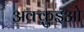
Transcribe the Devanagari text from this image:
अक्क़ुइओ